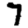
Digit: 7